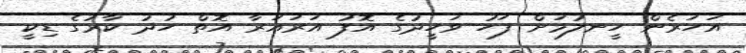
އަހަރެން ހީނލުމަށް ފަހު ވަހީދުގެ އޮފު އަރައަރާ އޮތް ހުދު ކާރުގެ ޑިކީ